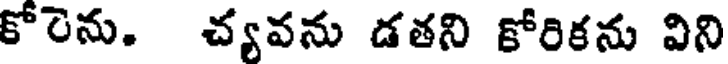
కోరెను. చ్యవను డతని కోరికను విని